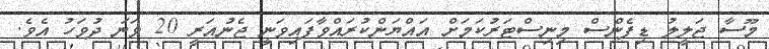
މޫސާ ޖަލީލު ޑިފެންސް މިނިސްޓަރުކަމަށް އައްޔަންކުރައްވާފައިވަނީ ޖެނުއަރީ 20 ވަނަ ދުވަހު އެވެ.